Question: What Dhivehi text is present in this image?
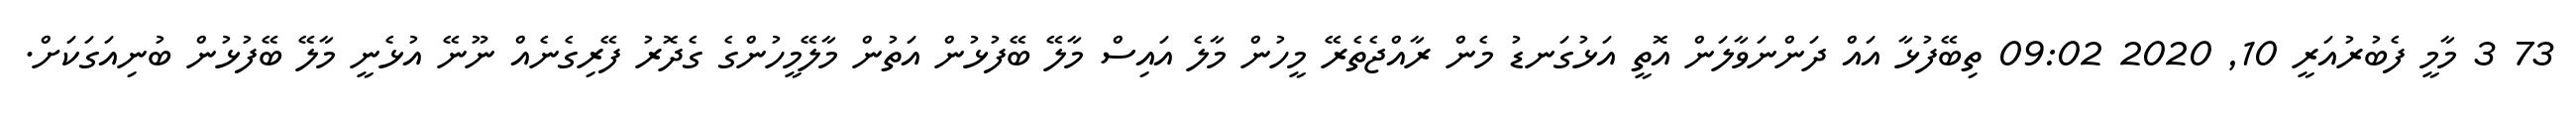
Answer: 73 3 މާމީ ފެބުރުއަރީ 10, 2020 09:02 ތިބޭފުޅާ އައް ދަންނަވާލަން އޮތީ އަޅުގަނޑު މެން ރާއްޖެތެރޭ މީހުން މާލެ އައިސް މާލޭ ބޭފުޅުން އަތުން މާލޭމީހުންގެ ގެދޮރު ފޭރިގެނެއް ނޫނޭ އުޅެނީ މާލޭ ބޭފުޅުން ބުނިއަގަކަށް.